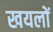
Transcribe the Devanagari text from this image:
खयलों